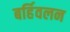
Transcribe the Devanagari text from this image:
बर्हिवलन